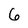
Character: 6